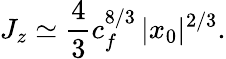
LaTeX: J_{z}\simeq\frac{4}{3}c_{f}^{8/3}\left|x_{0}\right|{}^{2/3}.